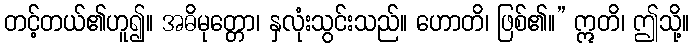
တင့်တယ်၏ဟူ၍။ အဓိမုတ္တော၊ နှလုံးသွင်းသည်။ ဟောတိ၊ ဖြစ်၏။” ဣတိ၊ ဤသို့။